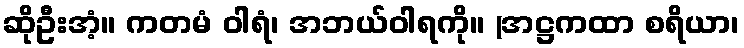
ဆိုဦးအံ့။ ကတမံ ဝါရံ၊ အဘယ်ဝါရကို။ (အဋ္ဌကထာ စရိယာ၊